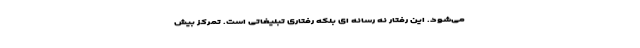
می‌شود. این رفتار نه رسانه ای بلکه رفتاری تبلیغاتی است. تمرکز بیش